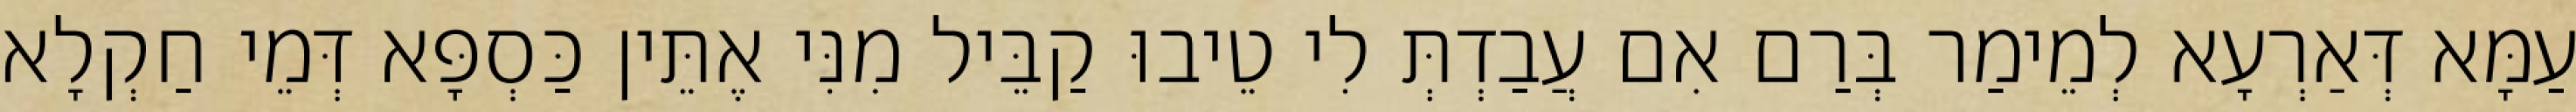
עַמָּא דְּאַרְעָא לְמֵימַר בְּרַם אִם עֲבַדְתְּ לִי טֵיבוּ קַבֵּיל מִנִּי אֶתֵּין כַּסְפָּא דְּמֵי חַקְלָא